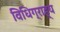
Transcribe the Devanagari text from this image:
विधिग्राह्य